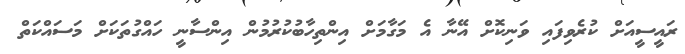
ރައީސީއަށް ކުރެވިފައި ވަނިކޮށް އޭނާ އެ މަގާމަށް އިންތިހާބުކުރުމުން އިންސާނީ ހައްގުތަކަށް މަސައްކަތް